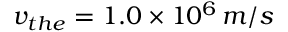
v _ { t h e } = 1 . 0 \times 1 0 ^ { 6 } \, { m / s }